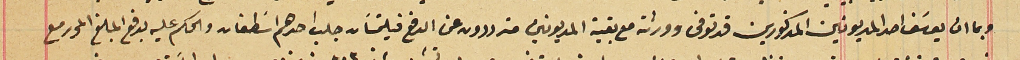
وبما ان يوسَف احد المديونين المذكورين قد توفى وورثته مع بقية المديونين مترددون عن الدفع فيلتمسَان جلب احدهم اسَطفان والحكم عليه بدفع المبلغ المحرر مع